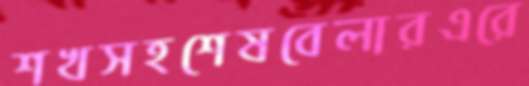
শখসহশেষবেলারএরে